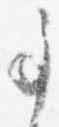
事